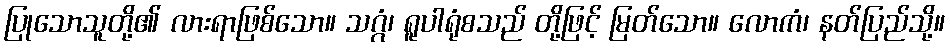
ပြုသောသူတို့၏ လားရာဖြစ်သော။ သဂ္ဂံ၊ ရူပါရုံစသည် တို့ဖြင့် မြတ်သော။ လောကံ၊ နတ်ပြည်သို့။